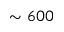
\sim 6 0 0